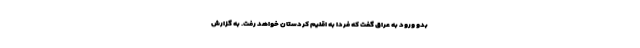
بدو ورود به عراق گفت که فردا به اقلیم کردستان خواهد رفت. به گزارش